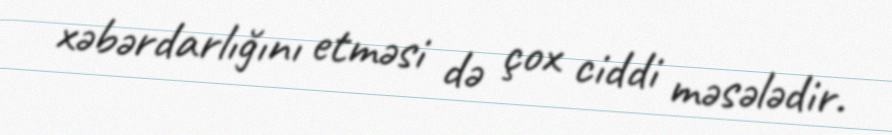
xəbərdarlığını etməsi də çox ciddi məsələdir.